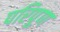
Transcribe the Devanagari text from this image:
परिपूण